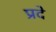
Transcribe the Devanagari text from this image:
प्रदे